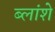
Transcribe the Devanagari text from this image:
ब्लांशे